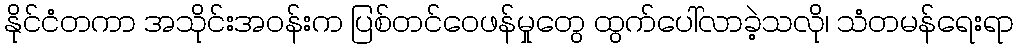
နိုင်ငံတကာ အသိုင်းအဝန်းက ပြစ်တင်ဝေဖန်မှုတွေ ထွက်ပေါ်လာခဲ့သလို၊ သံတမန်ရေးရာ